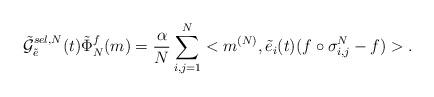
LaTeX: \begin{align*}\tilde{\mathcal{G}}_{\tilde{e}}^{sel,N}(t) \tilde\Phi_N^f(m)=\frac{\alpha}{N} \sum\limits_{i,j=1}^N <m^{(N)},\tilde{e}_i(t)(f \circ \sigma_{i,j}^N-f)>.\end{align*}